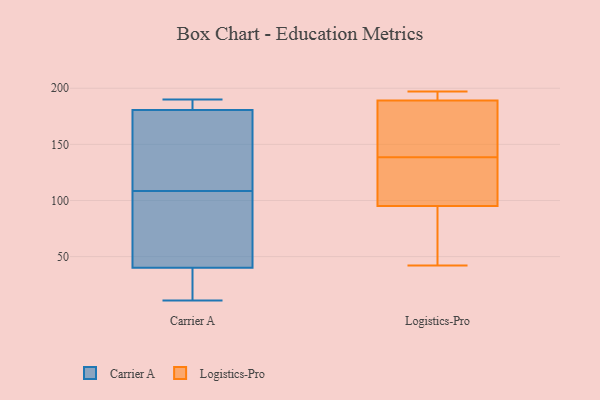
{"axis": {"x": "Humidity (%)", "y": "Value"}, "legend": ["Carrier A", "Logistics-Pro"], "data": [{"x": "", "y": 11, "type": "Carrier A"}, {"x": "", "y": 150, "type": "Carrier A"}, {"x": "", "y": 65, "type": "Carrier A"}, {"x": "", "y": 178, "type": "Carrier A"}, {"x": "", "y": 184, "type": "Carrier A"}, {"x": "", "y": 190, "type": "Carrier A"}, {"x": "", "y": 67, "type": "Carrier A"}, {"x": "", "y": 11, "type": "Carrier A"}, {"x": "", "y": 58, "type": "Carrier A"}, {"x": "", "y": 183, "type": "Carrier A"}, {"x": "", "y": 167, "type": "Carrier A"}, {"x": "", "y": 22, "type": "Carrier A"}, {"x": "", "y": 157, "type": "Logistics-Pro"}, {"x": "", "y": 189, "type": "Logistics-Pro"}, {"x": "", "y": 168, "type": "Logistics-Pro"}, {"x": "", "y": 110, "type": "Logistics-Pro"}, {"x": "", "y": 193, "type": "Logistics-Pro"}, {"x": "", "y": 166, "type": "Logistics-Pro"}, {"x": "", "y": 95, "type": "Logistics-Pro"}, {"x": "", "y": 196, "type": "Logistics-Pro"}, {"x": "", "y": 51, "type": "Logistics-Pro"}, {"x": "", "y": 72, "type": "Logistics-Pro"}, {"x": "", "y": 120, "type": "Logistics-Pro"}, {"x": "", "y": 108, "type": "Logistics-Pro"}, {"x": "", "y": 42, "type": "Logistics-Pro"}, {"x": "", "y": 197, "type": "Logistics-Pro"}]}